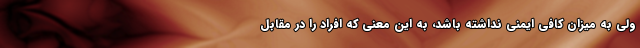
ولی به میزان کافی ایمنی نداشته باشد، به این معنی که افراد را در مقابل